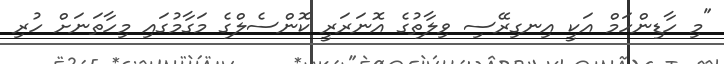
"މި ހާޑިންހަމް އަކީ އިނގިރޭސި ވިލާތުގެ އޮނަރަރީ ކޮންސެލްގެ މަގާމުގައި މިހާތަނަށް ހުރި